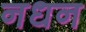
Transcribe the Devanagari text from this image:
नधन